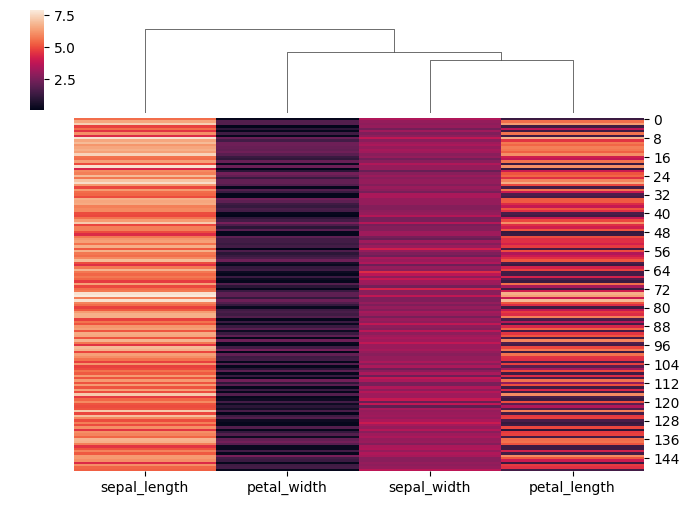
python, seaborn, clustermap, figsize=(7, 5), row_cluster=False, dendrogram_ratio=(0.1, 0.2), cbar_pos=(0.05, 0.8, 0.02, 0.2)